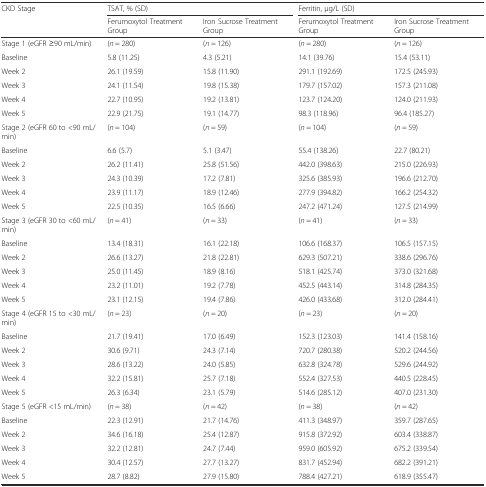
<table><thead><tr><td rowspan="2"><b>CKD Stage</b></td><td colspan="2"><b>TSAT, % (SD)</b></td><td colspan="2"><b>Ferritin, μg/L (SD)</b></td></tr><tr><td><b>Ferumoxytol Treatment Group</b></td><td><b>Iron Sucrose Treatment Group</b></td><td><b>Ferumoxytol Treatment Group</b></td><td><b>Iron Sucrose Treatment Group</b></td></tr></thead><tbody><tr><td>Stage 1 (eGFR ≥90 mL/min)</td><td>(<i>n</i> = 280)</td><td>(<i>n</i> = 126)</td><td>(<i>n</i> = 280)</td><td>(<i>n</i> = 126)</td></tr><tr><td>Baseline</td><td>5.8 (11.25)</td><td>4.3 (5.21)</td><td>14.1 (39.76)</td><td>15.4 (53.11)</td></tr><tr><td>Week 2</td><td>26.1 (19.59)</td><td>15.8 (11.90)</td><td>291.1 (192.69)</td><td>172.5 (245.93)</td></tr><tr><td>Week 3</td><td>24.1 (11.54)</td><td>19.8 (15.38)</td><td>179.7 (157.02)</td><td>157.3 (211.08)</td></tr><tr><td>Week 4</td><td>22.7 (10.95)</td><td>19.2 (13.81)</td><td>123.7 (124.20)</td><td>124.0 (211.93)</td></tr><tr><td>Week 5</td><td>22.9 (21.75)</td><td>19.1 (14.77)</td><td>98.3 (118.96)</td><td>96.4 (185.27)</td></tr><tr><td>Stage 2 (eGFR 60 to &lt;90 mL/min)</td><td>(<i>n</i> = 104)</td><td>(<i>n</i> = 59)</td><td>(<i>n</i> = 104)</td><td>(<i>n</i> = 59)</td></tr><tr><td>Baseline</td><td>6.6 (5.7)</td><td>5.1 (3.47)</td><td>55.4 (138.26)</td><td>22.7 (80.21)</td></tr><tr><td>Week 2</td><td>26.2 (11.41)</td><td>25.8 (51.56)</td><td>442.0 (398.63)</td><td>215.0 (226.93)</td></tr><tr><td>Week 3</td><td>24.3 (10.39)</td><td>17.2 (7.81)</td><td>325.6 (385.93)</td><td>196.6 (212.70)</td></tr><tr><td>Week 4</td><td>23.9 (11.17)</td><td>18.9 (12.46)</td><td>277.9 (394.82)</td><td>166.2 (254.32)</td></tr><tr><td>Week 5</td><td>22.5 (10.35)</td><td>16.5 (6.66)</td><td>247.2 (471.24)</td><td>127.5 (214.99)</td></tr><tr><td>Stage 3 (eGFR 30 to &lt;60 mL/min)</td><td>(<i>n</i> = 41)</td><td>(<i>n</i> = 33)</td><td>(<i>n</i> = 41)</td><td>(<i>n</i> = 33)</td></tr><tr><td>Baseline</td><td>13.4 (18.31)</td><td>16.1 (22.18)</td><td>106.6 (168.37)</td><td>106.5 (157.15)</td></tr><tr><td>Week 2</td><td>26.6 (13.27)</td><td>21.8 (22.81)</td><td>629.3 (507.21)</td><td>338.6 (296.76)</td></tr><tr><td>Week 3</td><td>25.0 (11.45)</td><td>18.9 (8.16)</td><td>518.1 (425.74)</td><td>373.0 (321.68)</td></tr><tr><td>Week 4</td><td>23.2 (11.01)</td><td>19.2 (7.78)</td><td>452.5 (443.14)</td><td>314.8 (284.35)</td></tr><tr><td>Week 5</td><td>23.1 (12.15)</td><td>19.4 (7.86)</td><td>426.0 (433.68)</td><td>312.0 (284.41)</td></tr><tr><td>Stage 4 (eGFR 15 to &lt;30 mL/min)</td><td>(<i>n</i> = 23)</td><td>(<i>n</i> = 20)</td><td>(<i>n</i> = 23)</td><td>(<i>n</i> = 20)</td></tr><tr><td>Baseline</td><td>21.7 (19.41)</td><td>17.0 (6.49)</td><td>152.3 (123.03)</td><td>141.4 (158.16)</td></tr><tr><td>Week 2</td><td>30.6 (9.71)</td><td>24.3 (7.14)</td><td>720.7 (280.38)</td><td>520.2 (244.56)</td></tr><tr><td>Week 3</td><td>28.6 (13.22)</td><td>24.0 (5.85)</td><td>632.8 (324.78)</td><td>529.6 (244.92)</td></tr><tr><td>Week 4</td><td>32.2 (15.81)</td><td>25.7 (7.18)</td><td>552.4 (327.53)</td><td>440.5 (228.45)</td></tr><tr><td>Week 5</td><td>26.3 (6.34)</td><td>23.1 (5.79)</td><td>514.6 (285.12)</td><td>407.0 (231.30)</td></tr><tr><td>Stage 5 (eGFR &lt;15 mL/min)</td><td>(<i>n</i> = 38)</td><td>(<i>n</i> = 42)</td><td>(<i>n</i> = 38)</td><td>(<i>n</i> = 42)</td></tr><tr><td>Baseline</td><td>22.3 (12.91)</td><td>21.7 (14.76)</td><td>411.3 (348.97)</td><td>359.7 (287.65)</td></tr><tr><td>Week 2</td><td>34.6 (16.18)</td><td>25.4 (12.87)</td><td>915.8 (372.92)</td><td>603.4 (338.87)</td></tr><tr><td>Week 3</td><td>32.2 (12.81)</td><td>24.7 (7.44)</td><td>959.0 (605.92)</td><td>675.2 (339.54)</td></tr><tr><td>Week 4</td><td>30.4 (12.57)</td><td>27.7 (13.27)</td><td>831.7 (452.94)</td><td>682.2 (391.21)</td></tr><tr><td>Week 5</td><td>28.7 (8.82)</td><td>27.9 (15.80)</td><td>788.4 (427.21)</td><td>618.9 (355.47)</td></tr></tbody></table>